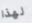
لهذا